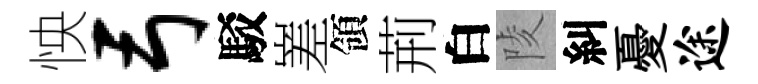
怏弓駁嵳領荊白陵糾憂途